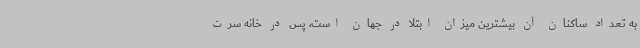
به تعداد ساکنان آن بیشترین میزان ابتلا در جهان است، پس در خانه سرت